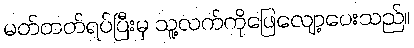
မတ်တတ်ရပ်ပြီးမှ သူ့လက်ကိုဖြေလျော့ပေးသည်။